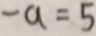
- a = 5